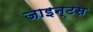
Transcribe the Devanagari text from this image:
जाइन्टस